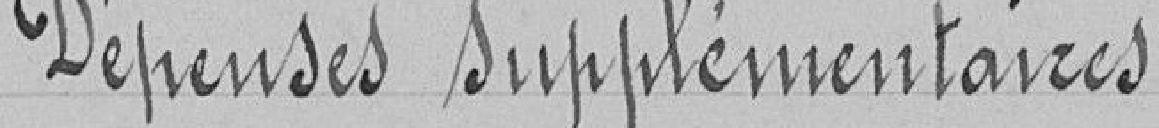
Dépenses supplémentaires